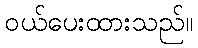
ဝယ်ပေးထားသည်။